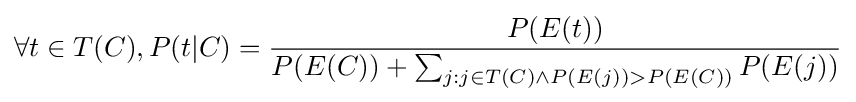
\forall t\in T(C),P(t|C)={\frac {P(E(t))}{P(E(C))+\sum _{j:j\in T(C)\land P(E(j))>P(E(C))}P(E(j))}}